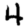
Digit: 4